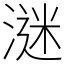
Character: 㴹